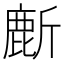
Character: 𬸻